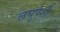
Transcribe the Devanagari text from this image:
लघुपेशी